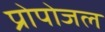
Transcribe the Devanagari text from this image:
प्रोपोजल